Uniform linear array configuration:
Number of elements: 48
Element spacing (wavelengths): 0.75
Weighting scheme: blackman
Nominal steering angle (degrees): -15
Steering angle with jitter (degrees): -16.048
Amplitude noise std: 0.05
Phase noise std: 0.05

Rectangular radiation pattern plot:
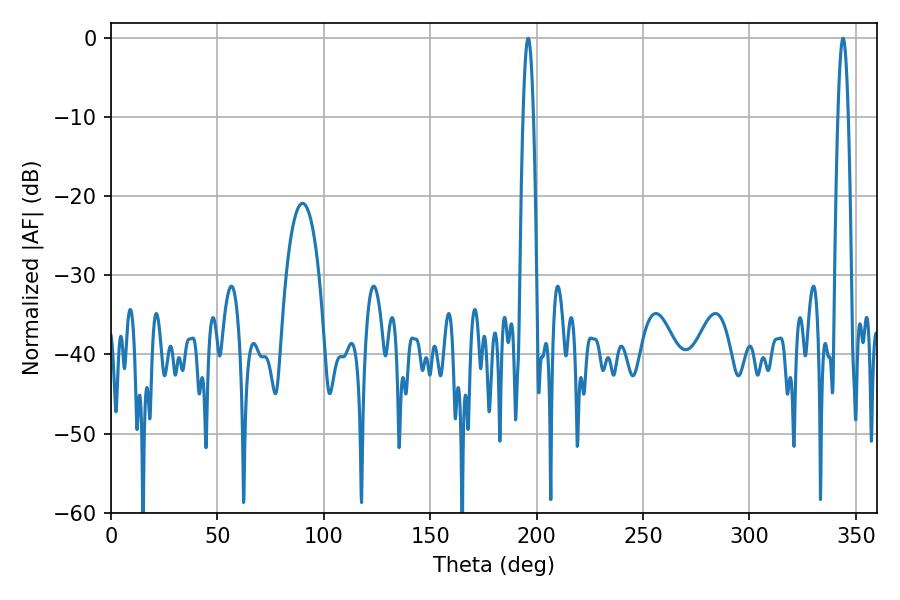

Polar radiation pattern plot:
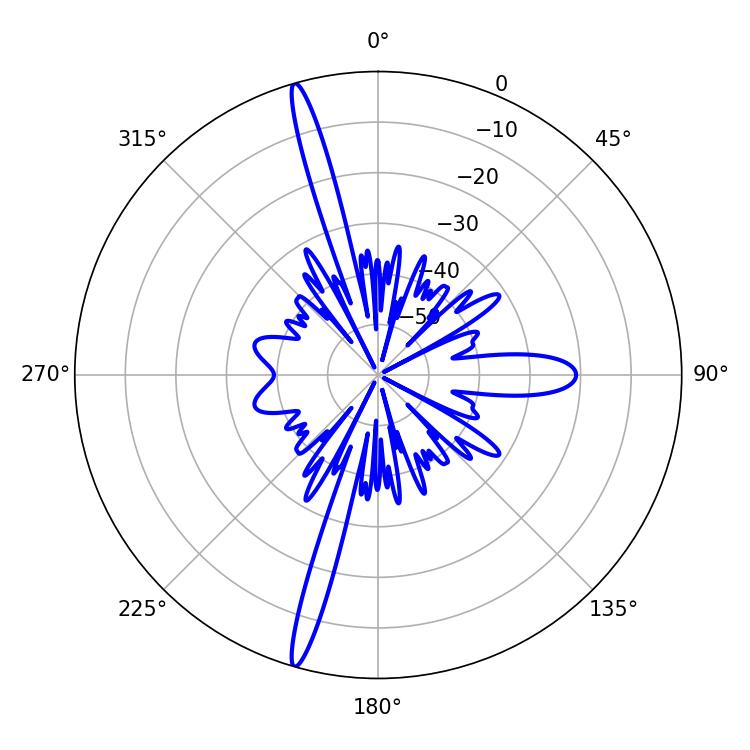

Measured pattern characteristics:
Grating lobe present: TRUE
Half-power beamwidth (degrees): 2.52
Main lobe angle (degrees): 196.02